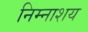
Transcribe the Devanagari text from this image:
निम्नाशय